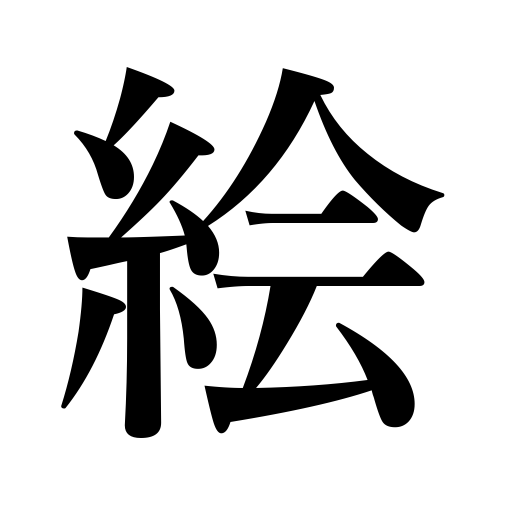
Meanings: picture,print,sketch,drawing,painting,illustration,cut